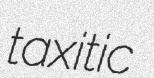
taxitic